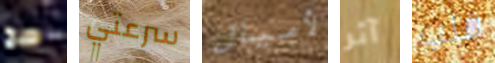
صح سرعتي لأميال آثر قلب